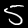
Label: 5